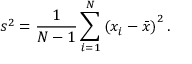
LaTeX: s ^ { 2 } = { \frac { 1 } { N - 1 } } \sum _ { i = 1 } ^ { N } \left( x _ { i } - { \bar { x } } \right) ^ { 2 } .